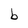
Character: b